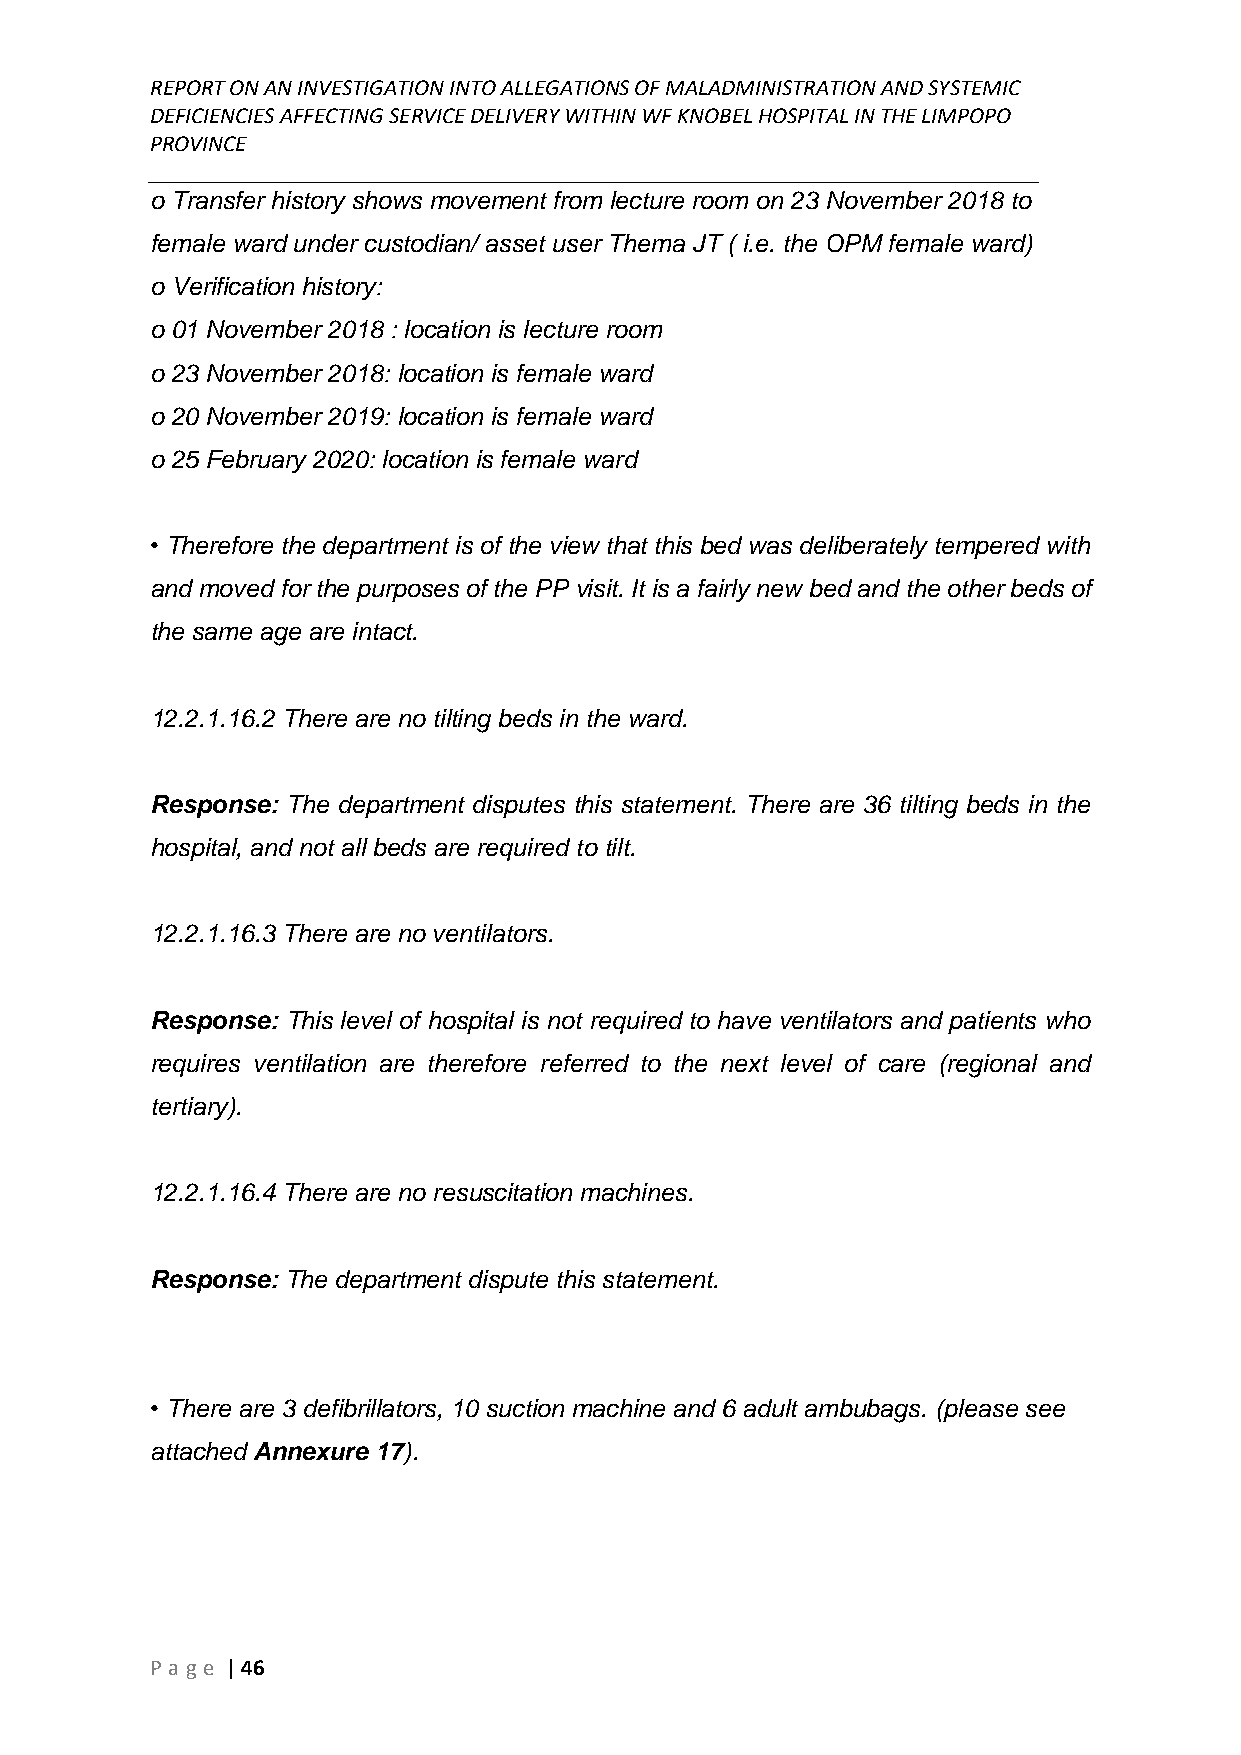
REPORT ON AN INVESTIGATION INTO ALLEGATIONS OF MALADMINISTRATION AND SYSTEMIC
 DEFICIENCIES AFFECTING SERVICE DELIVERY WITHIN WF KNOBEL HOSPITAL IN THE LIMPOPO
 PROVINCE
 ______________________________________________________________________________
 o Transfer history shows movement from lecture room on 23 November 2018 to
 female ward under custodian/ asset user Thema JT ( i.e. the OPM female ward)
 o Verification history:
 o 01 November 2018 : location is lecture room
 o 23 November 2018: location is female ward
 o 20 November 2019: location is female ward
 o 25 February 2020: location is female ward
 • Therefore the department is of the view that this bed was deliberately tempered with
 and moved for the purposes of the PP visit. It is a fairly new bed and the other beds of
 the same age are intact.
 12.2.1.16.2 There are no tilting beds in the ward.
 Response: The department disputes this statement. There are 36 tilting beds in the
 hospital, and not all beds are required to tilt.
 12.2.1.16.3 There are no ventilators.
 Response: This level of hospital is not required to have ventilators and patients who
 requires ventilation are therefore referred to the next level of care (regional and
 tertiary).
 12.2.1.16.4 There are no resuscitation machines.
 Response: The department dispute this statement.
 • There are 3 defibrillators, 10 suction machine and 6 adult ambubags. (please see
 attached Annexure 17).
 P age | 46